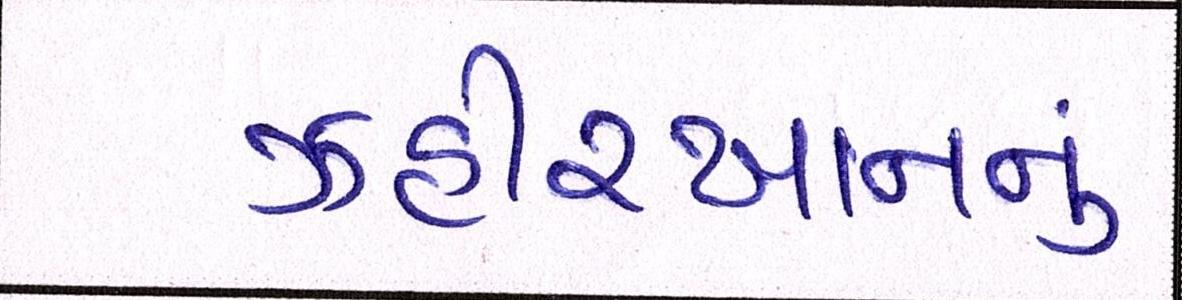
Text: ઝહીરખાનનું